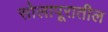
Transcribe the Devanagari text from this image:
सोलापूरातील